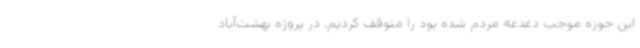
این حوزه موجب دغدغه مردم شده بود را متوقف کردیم. در پروژه بهشت‌آباد